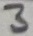
Text: 3